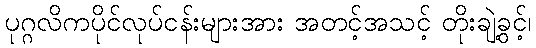
ပုဂ္ဂလိကပိုင်လုပ်ငန်းများအား အတင့်အသင့် တိုးချဲ့ခွင့်၊